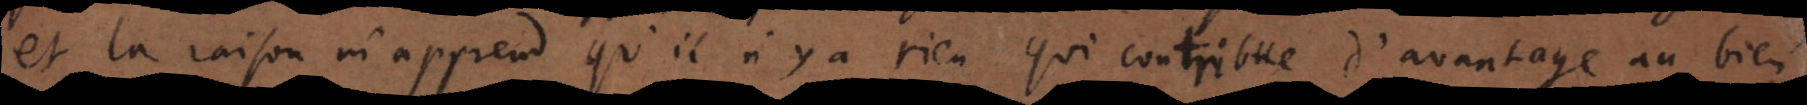
et la raison m’apprend qu’il n’y a rien qui contribue d’avantage au bien